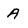
Character: A